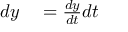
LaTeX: \begin{array} { r l } { d y } & { { } = { \frac { d y } { d t } } d t } \end{array}